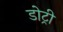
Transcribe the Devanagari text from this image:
डोट्री